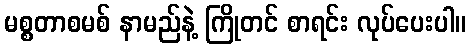
မစ္စတာစမစ် နာမည်နဲ့ ကြိုတင် စာရင်း လုပ်ပေးပါ။